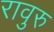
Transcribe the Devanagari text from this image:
रावुरु